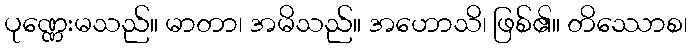
ပုဏ္ဏေးမသည်။ မာတာ၊ အမိသည်။ အဟောသိ၊ ဖြစ်၏။ တိဿောစ၊